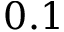
0 . 1